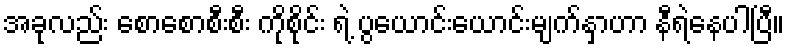
အခုလည်း စောစောစီးစီး ကိုစိုင်း ရဲ့ ပွယောင်းယောင်းမျက်နှာဟာ နီရဲနေပါပြီ။